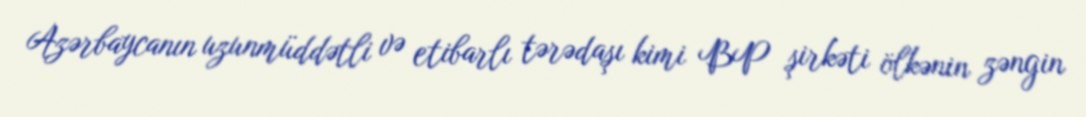
Azərbaycanın uzunmüddətli və etibarlı tərədaşı kimi BP şirkəti ölkənin zəngin